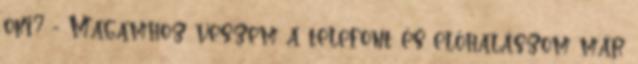
oki? - Magamhoz veszem a telefont és előhalászom már